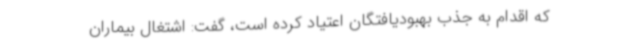
که اقدام به جذب بهبودیافتگان اعتیاد کرده است، گفت: اشتغال بیماران